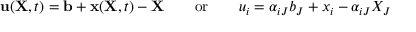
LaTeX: \ \mathbf { u } ( \mathbf { X } , t ) = \mathbf { b } + \mathbf { x } ( \mathbf { X } , t ) - \mathbf { X } \qquad { \mathrm { o r } } \qquad u _ { i } = \alpha _ { i J } b _ { J } + x _ { i } - \alpha _ { i J } X _ { J }